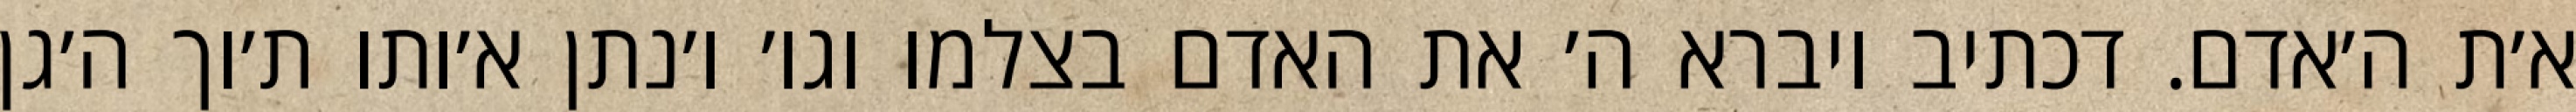
א׳ת ה׳אדם. דכתיב ויברא ה׳ את האדם בצלמו וגו׳ ו׳נתן א׳ותו ת׳וך ה׳גן